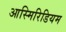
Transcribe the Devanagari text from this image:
आस्मिरिडियम